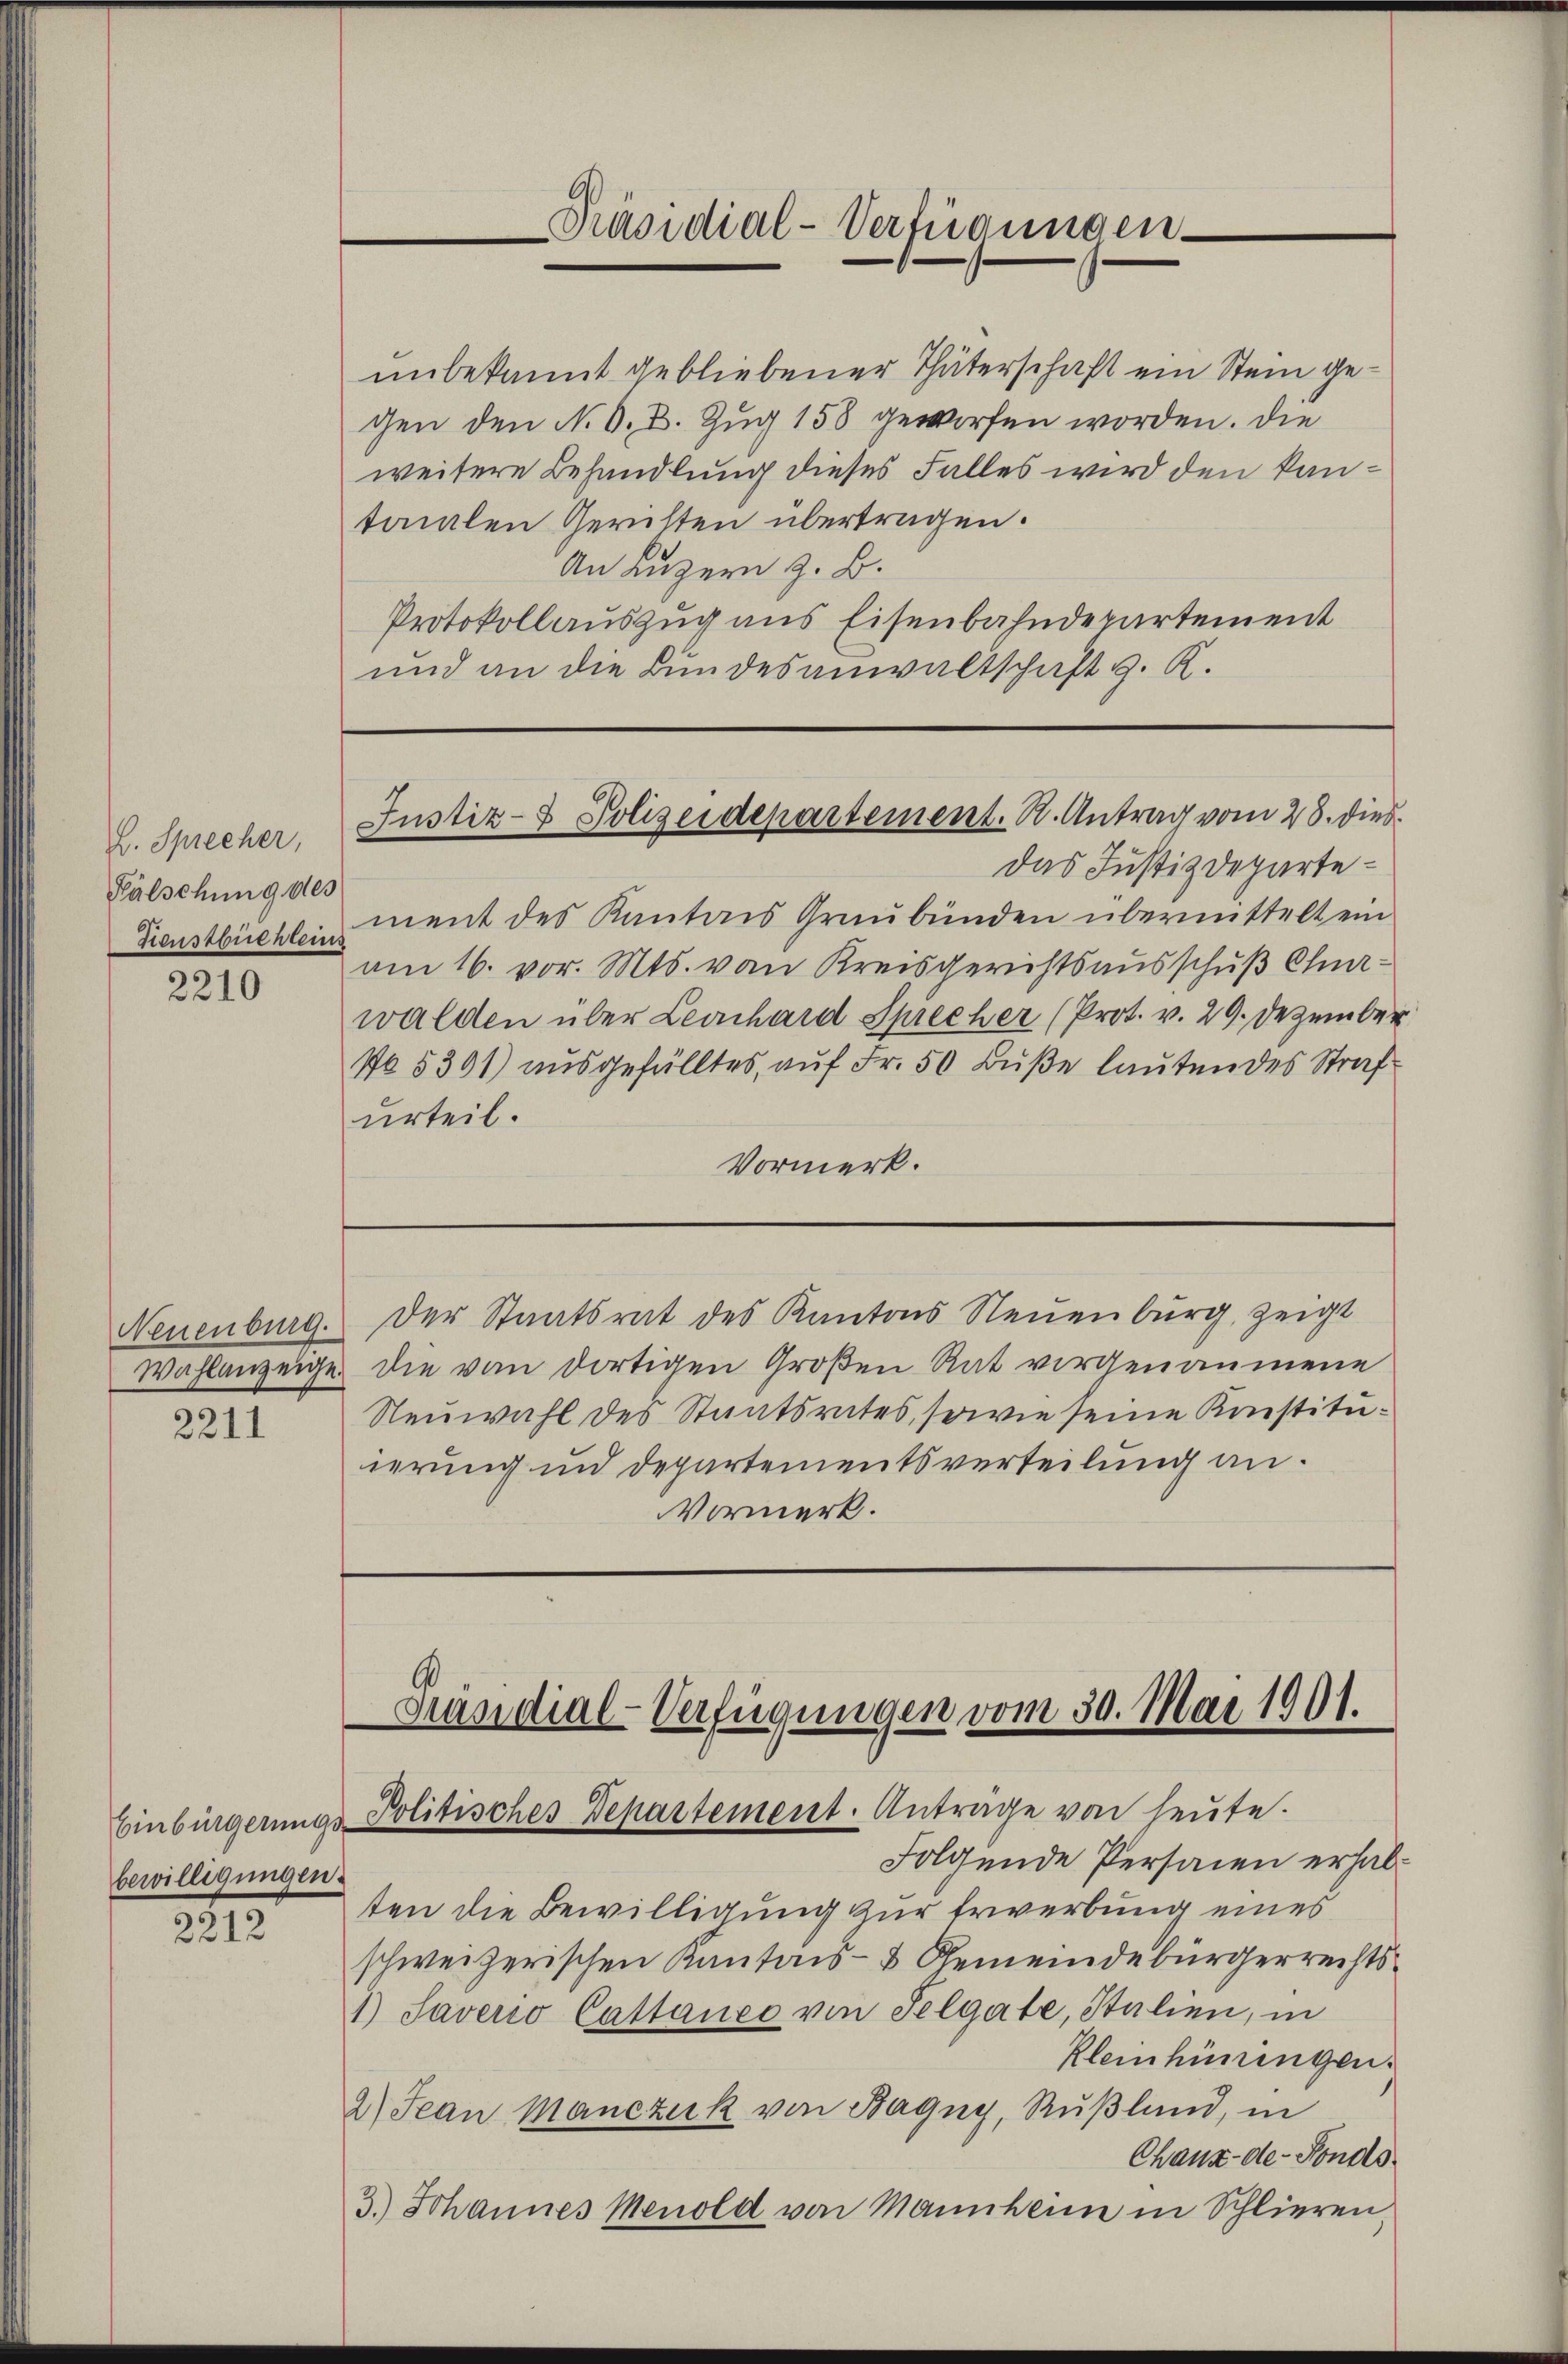
Präsidial-Verfügungen.

unbekannt gebliebener Thäterschaft ein Stein gegen den N. O. B. Zug 158 geworfen worden. Die
weitere Behandlung dieses Falles wird den kantonalen Gerichten übertragen.
An Luzern z. B.
Protokollauszug aus Eisenbahndepartement
und an die Bundesanwaltschaft z. K.

Justiz- & Polizeidepartement. R. Antrag vom 28. dies

H. Sprecher,
Fälschung des

das Justizdeparte¬
Fenstbüchen ment des Kantons Graubünden übermittelt ein
am 16. vor. Mts. von Kreisgerichtsausschuß Chur-
walden über Leonhard Sprecher (Prot. v. 29. Dezember
No. 5301 aŭsgefülltes aŭf Fr. 50 Bŭβe laŭtendes Straf
urteil.
Vormerk.

2210

Der Staatsrat des Kantons Neuenburg, zeigt

die von dortigen Großen Rat vorgenommene
Neuwahl des Staatsrates, sowie seine Konstituierung und Departementsverteilung an.
Vormerk.

Neuenburg.
Wahlanzeige.

2211

Präsidial-Verfügungen vom 30. Mai 1901.
Einbürgerungs-Politisches Departement. Anträge von heute.

Folgende Personen erhalten die Bewilligung zur Erwerbung eines
schweizerischen Kantons- & Gemeindebürgerrechts¬
) Saverio Cattance von Selgate, Stalien, in
Kleinhüningen.
2) Jean Manczuk von Bagny, Rußland, in
Chaux-de-Fonds
3.) Schannes Menold von Mannheim in Schlieren,

bewilligungen.

2212